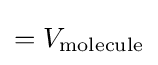
=V_{\rm {molecule}}